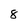
Character: 8